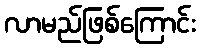
လာမည်ဖြစ်ကြောင်း